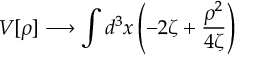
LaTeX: V [ \rho ] \longrightarrow \int d ^ { 3 } x \left( - 2 \zeta + \frac { \rho ^ { 2 } } { 4 \zeta } \right)